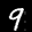
Label: 9